Vaccination North-Western Provinces and Oudh 1896-1901 - 1896-1901
Year: 1896
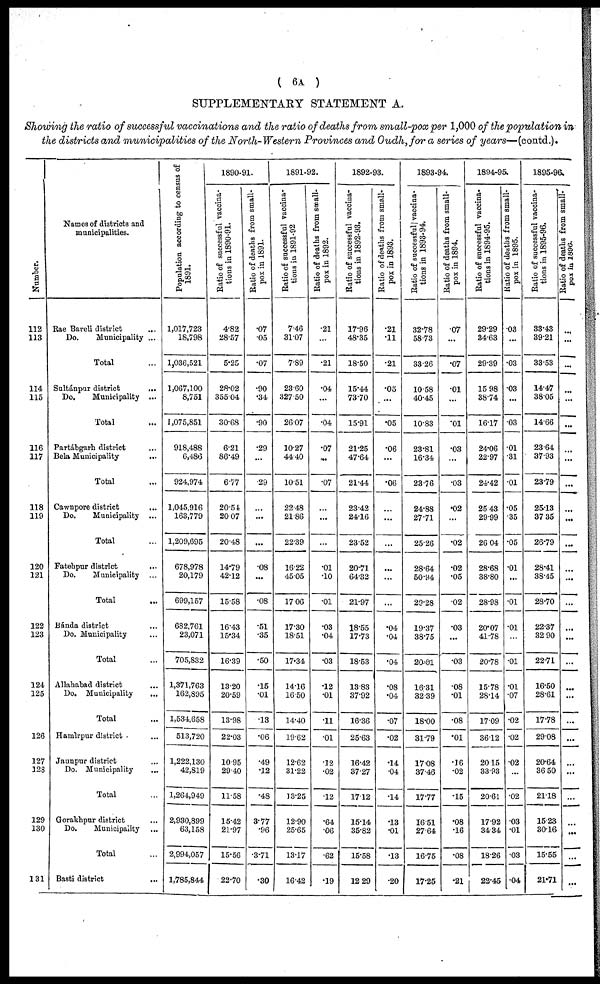
( 6A )
SUPPLEMENTARY STATEMENT A
Showing the ratio of successful vaccinations and the ratio of deaths from small-pox per 1,000 of the population in
the districts and municipalities of the North-Western Provinces and Oudh,for a series of years—(contd.).
Number.
112
113
114
115
116
117
118
119
120
121
122
123
124
125
126
127
128
129
130
131
Names of districts and
municipalities.
Rae Bareli district ...
Do.
Municipality ...
Total ...
Sultánpur district ...
Do.
Municipality ...
Total ...
Partábgarh district
...
Bela Municipality
...
Total ...
Cawnpore district ...
Do.
Municipality ...
Total ...
Fatehpur district
Do.
Municipality ...
Total ...
Bánda district
Do. Municipality
Total ...
Allahabad district ...
Do. Municipality
...
Total
Hamìrpur district ...
Jaunpur district ...
Do. Municipality ...
Total ...
Gorakhpur district ...
Do.
Municipality
Total ...
Basti district
...
Population according to census of
1891.
1,017,723
18,798
1,036,521
1,067,100
8,751
1,075,851
918,488
6,486
924,974
1,045,916
163,779
1,209,695
678,978
20,179
699,157
682,761
23,071
705,832
1,371,763
162,895
1,534,658
513,720
1,222,130
42,819
1,264,949
2,930,899
63,158
2,994,057
1,785,844
1890-91.
Ratio of successful vaccina-
tions in 1890-91.
4.82
28.57
5.25
28.02
355.04
30.68
6.21
86.49
6.77
20.54
20.07
20.48
14.79
42.12
15.58
16.43
15.34
16.39
13.20
20.59
13.98
22.03
10.95
29.40
11.58
15.42
21.97
15.56
22.70
Ratio of deaths from small-
pox in 1891.
.07
.05
.07
.90
.34
.90
.29
...
.29
...
...
...
.08
...
.08
.51
.35
.50
.15
.01
.13
.06
.49
.12
.48
3.77
.96
3.71
.30
1891-92.
Ratio of successful vaccina-
tions in 1891-92
7.46
31.07
7.89
23.60
327.50
26.07
10.27
44.40
10.51
22.48
21.86
22.39
16.22
45.05
17.06
17.30
18.51
17.34
14.16
16.50
14.40
19.62
12.62
31.22
13.25
12.90
25.65
13.17
16.42
Ratio of deaths from small¬
pox in 1892.
.21
.21
.04
...
.04
.07
...
.07
...
...
...
.01
.10
.01
.03
.04
.03
.12
.01
.11
.01
.12
.02
.12
.64
.06
.62
.19
1892-93.
Ratio of successful vaccina-
tions in 1892-93.
17.96
48.35
18.50
15.44
73.70
15.91
21.25
47.64
21.44
23.42
24.16
23.52
20.71
64.32
21.97
18.55
17.73
18.53
13.83
37.92
16.36
25.63
16.42
37.27
17.12
15.14
35.82
15.58
12.29
Ratio of deaths from small-
pox in 1893.
.21
.11
.21
.05
...
.05
.06
...
.06
...
...
...
...
...
...
.04
.04
.04
.08
.04
.07
.02
.14
.04
.14
.13
.01
.13
.20
1893-94.
Ratio of successful] vaccina-
tions in 1893-94.
32.78
58.73
33.26
10.58
40.45
10.83
23.81
16.34
23.76
24.88
27.71
25.26
28.64
50.94
29.28
19.37
38.75
20.01
16.31
32.39
18.00
31.79
17.08
37.46
17.77
16.51
27.64
16.75
17.25
Ratio of deaths from small-
pox in 1894.
.07
...
.07
.01
...
.01
.03
...
.03
.02
...
.02
.02
.05
.02
.03
...
.03
.08
.01
.08
.01
.16
.02
.15
.08
.16
.08
.21
1894-95.
Ratio of successful vaccina-
tions in 1894-95.
29.29
34.63
29.39
15.98
38.74
16.17
24.06
22.97
24.42
25.43
29.99
26.04
28.68
38.80
28.98
20.07
41.78
20.78
15.78
28.14
17.09
36.12
20.15
33.93
20.61
17.92
34.34
18.26
22.45
Ratio of deaths from small-
pox in 1895.
.03
...
.03
.03
...
.03
.01
.31
.01
.05
.35
.05
.01
...
.01
.01
...
.01
.01
.07
.02
.02
.02
...
.02
.03
.01
.03
.04
1895-96.
Ratio of successful vaccina-
tions in 1895-96.
33.43
39.21
33.53
14.47
38.05
14.66
23.64
37.93
23.79
25.13
37.35
26.79
28.41
38.45
28.70
22.37
32.90
22.71
16.50
28.61
17.78
29.08
20.64
36.50
21.18
15.23
30.16
15.55
21.71
Ratio of deaths from small-
pox in 1896.
...
...
...
...
...
...
...
...
...
...
...
...
...
...
...
...
...
...
...
...
...
...
...
...
...
...
...
...
...